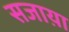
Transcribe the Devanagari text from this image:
सजाय़ा